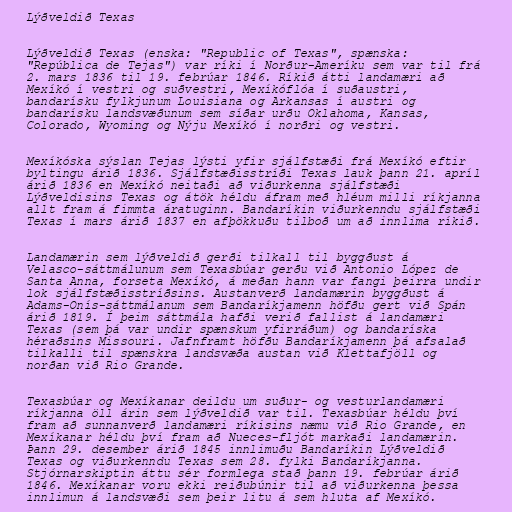
Lýðveldið Texas

Lýðveldið Texas (enska: "Republic of Texas", spænska:
"República de Tejas") var ríki í Norður-Ameríku sem var til frá
2. mars 1836 til 19. febrúar 1846. Ríkið átti landamæri að
Mexíkó í vestri og suðvestri, Mexíkóflóa í suðaustri,
bandarísku fylkjunum Louisiana og Arkansas í austri og
bandarísku landsvæðunum sem síðar urðu Oklahoma, Kansas,
Colorado, Wyoming og Nýju Mexíkó í norðri og vestri.

Mexíkóska sýslan Tejas lýsti yfir sjálfstæði frá Mexíkó eftir
byltingu árið 1836. Sjálfstæðisstríði Texas lauk þann 21. apríl
árið 1836 en Mexíkó neitaði að viðurkenna sjálfstæði
Lýðveldisins Texas og átök héldu áfram með hléum milli ríkjanna
allt fram á fimmta áratuginn. Bandaríkin viðurkenndu sjálfstæði
Texas í mars árið 1837 en afþökkuðu tilboð um að innlima ríkið.

Landamærin sem lýðveldið gerði tilkall til byggðust á
Velasco-sáttmálunum sem Texasbúar gerðu við Antonio López de
Santa Anna, forseta Mexíkó, á meðan hann var fangi þeirra undir
lok sjálfstæðisstríðsins. Austanverð landamærin byggðust á
Adams-Onís-sáttmálanum sem Bandaríkjamenn höfðu gert við Spán
árið 1819. Í þeim sáttmála hafði verið fallist á landamæri
Texas (sem þá var undir spænskum yfirráðum) og bandaríska
héraðsins Missouri. Jafnframt höfðu Bandaríkjamenn þá afsalað
tilkalli til spænskra landsvæða austan við Klettafjöll og
norðan við Rio Grande.

Texasbúar og Mexíkanar deildu um suður- og vesturlandamæri
ríkjanna öll árin sem lýðveldið var til. Texasbúar héldu því
fram að sunnanverð landamæri ríkisins næmu við Rio Grande, en
Mexíkanar héldu því fram að Nueces-fljót markaði landamærin.
Þann 29. desember árið 1845 innlimuðu Bandaríkin Lýðveldið
Texas og viðurkenndu Texas sem 28. fylki Bandaríkjanna.
Stjórnarskiptin áttu sér formlega stað þann 19. febrúar árið
1846. Mexíkanar voru ekki reiðubúnir til að viðurkenna þessa
innlimun á landsvæði sem þeir litu á sem hluta af Mexíkó.